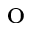
^ \mathrm { o }